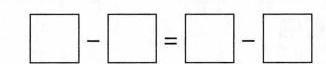
$$\Box - \Box = \Box -\Box$$